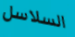
السلاسل